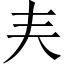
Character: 𡗗